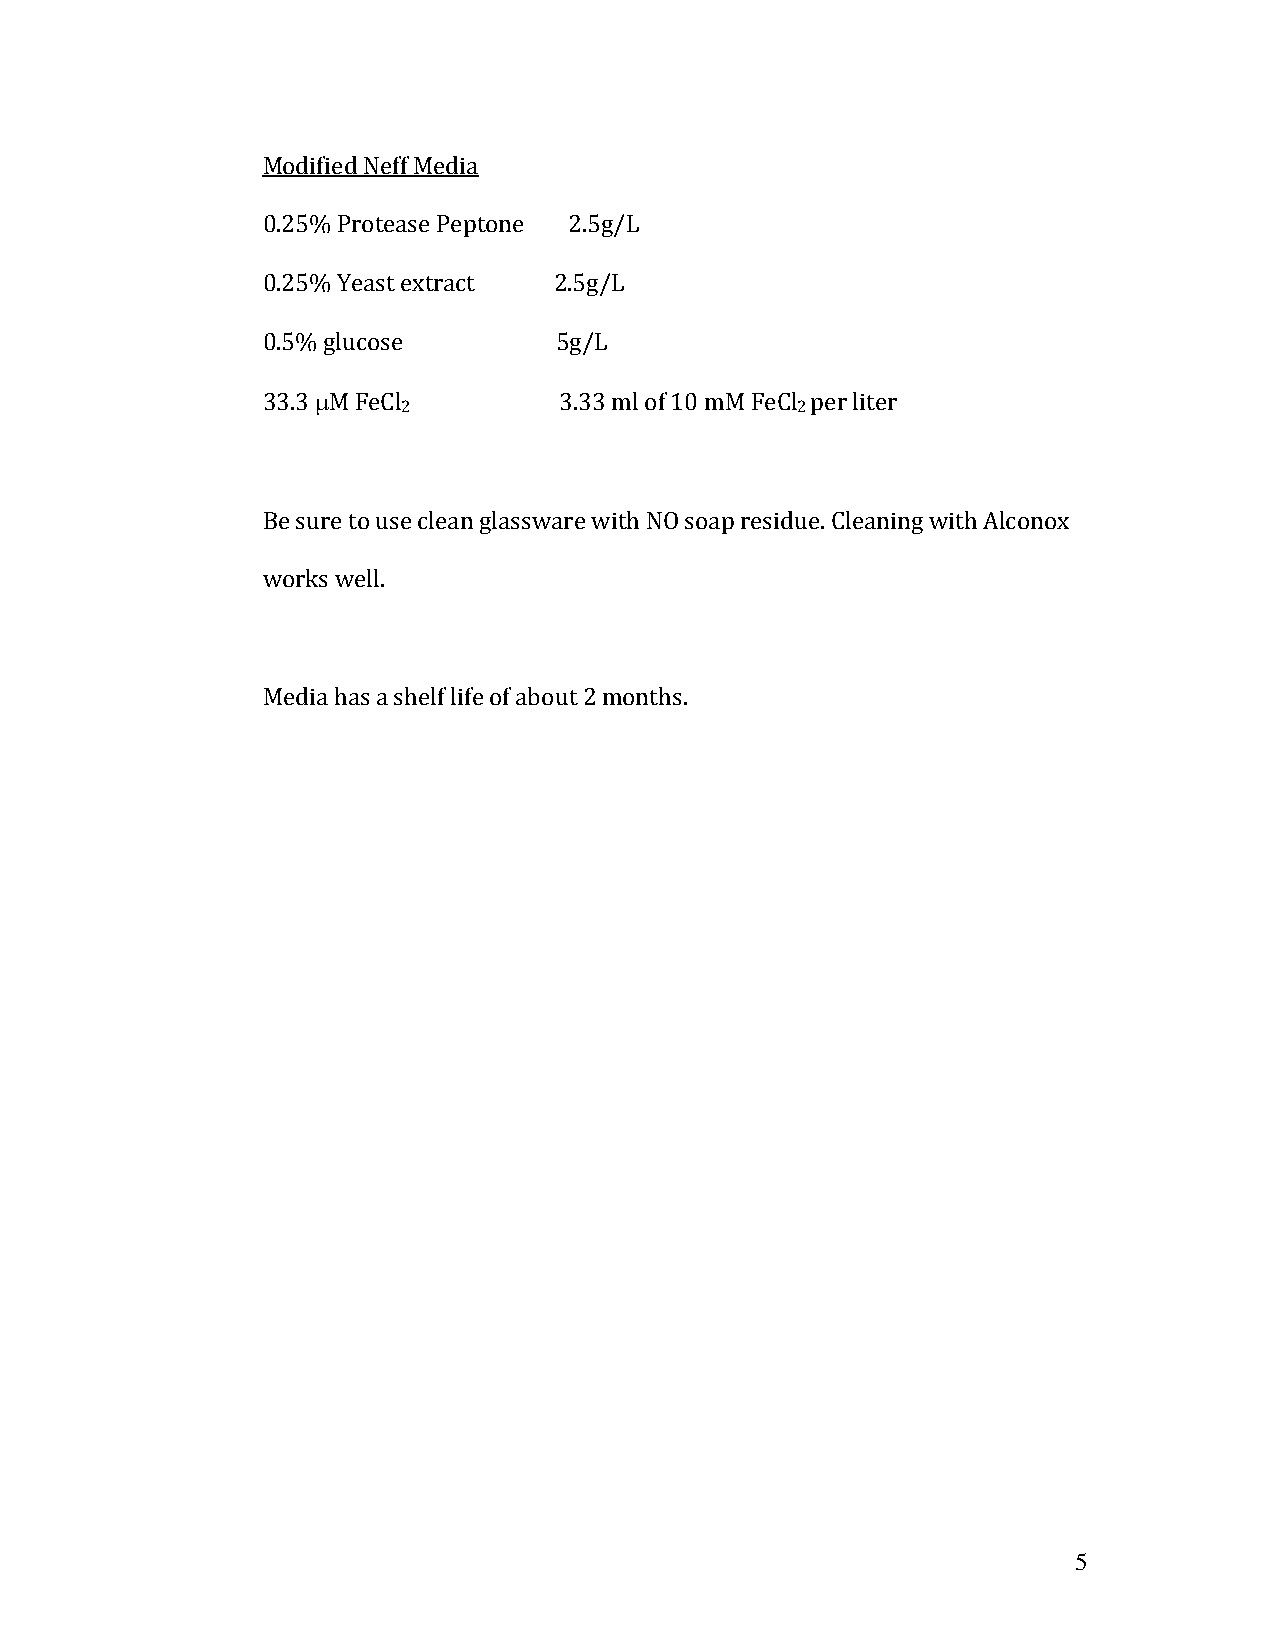
Modified Neff Media
 0.25% Protease Peptone 2.5g/L
 0.25% Yeast extract 2.5g/L
 0.5% glucose        5g/L
 33.3 M FeCl        3.33 ml of 10 mM FeCl per liter
 2                         2
 Be sure to use clean glassware with NO soap residue. Cleaning with Alconox
 works well.
 Media has a shelf life of about 2 months.
 5